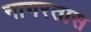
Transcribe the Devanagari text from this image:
नागरतास